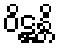
ဝိဋ္ဌန္တိ